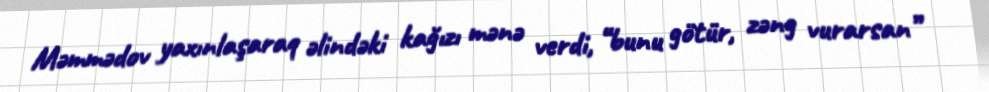
Məmmədov yaxınlaşaraq əlindəki kağızı mənə verdi, “bunu götür, zəng vurarsan”